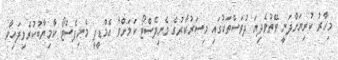
މިހާރު ކުރިޔަށްދަނީ ވޭތުވެދިޔަ ދުވަސްތަކުގައި މިސަރުކާރުގެ މެނިފެސްޓޯ ކަމަށްވާ އެމްޑީޕީ މެނިފެސްޓޯ ކާމިޔާބުކުރެވިފައިވާ